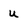
Character: u